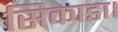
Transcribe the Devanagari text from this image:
सिकाडा।